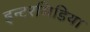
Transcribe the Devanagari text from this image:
इन्टरमिडिया